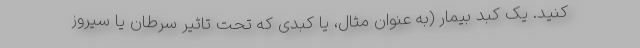
کنید. یک کبد بیمار (به عنوان مثال، یا کبدی که تحت تاثیر سرطان یا سیروز